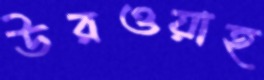
উরওয়াহ